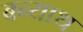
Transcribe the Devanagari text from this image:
बन्याथ